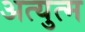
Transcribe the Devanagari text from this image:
अत्युत्म